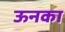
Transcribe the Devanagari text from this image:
ऊनका